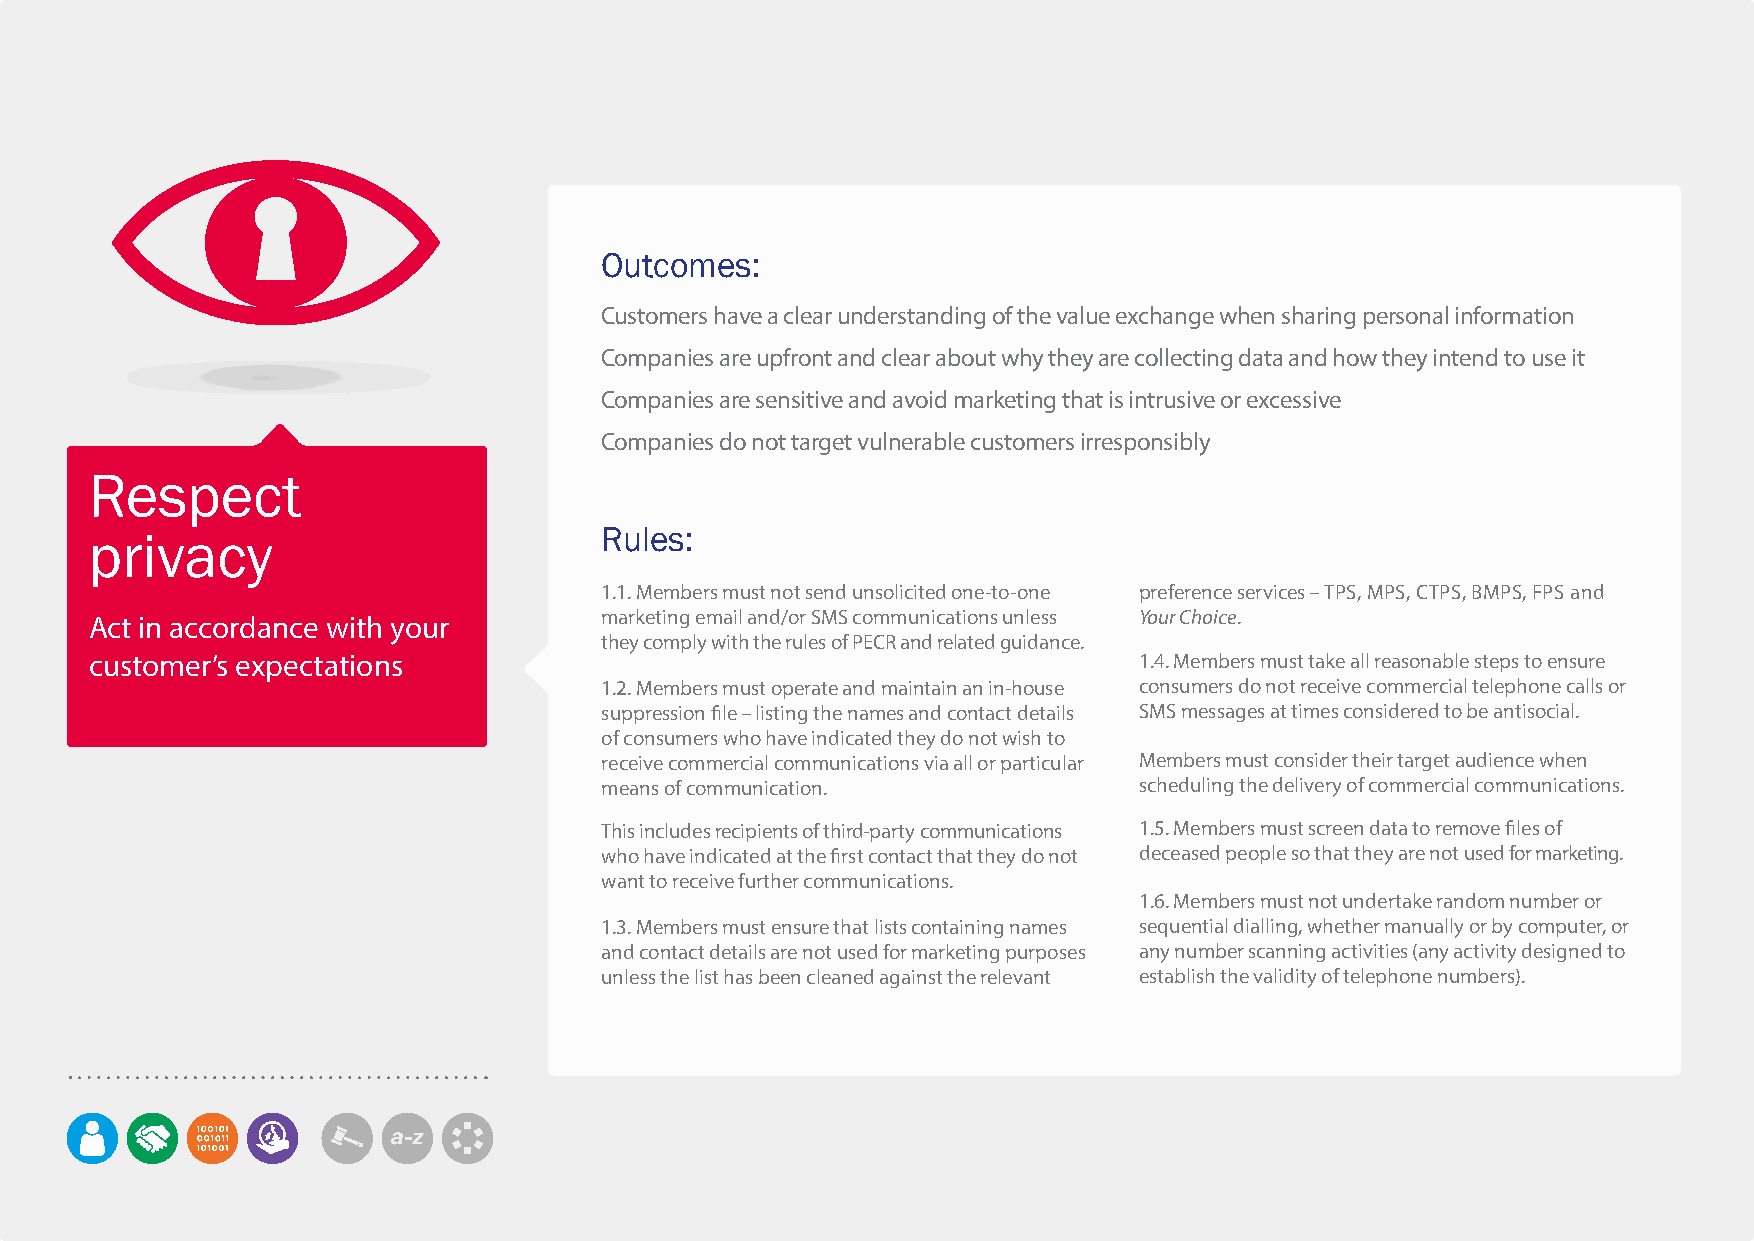
Outcomes:
 Customers have a clear understanding of the value exchange when sharing personal information
 Companies are upfront and clear about why they are collecting data and how they intend to use it
 Companies are sensitive and avoid marketing that is intrusive or excessive
 Companies do not target vulnerable customers irresponsibly
 Respect
 Rules:
 privacy
 1.1. Members must not send unsolicited one-to-one preference services – TPS, MPS, CTPS, BMPS, FPS and
 Act in accordance with your       marketing email and/or SMS communications unless Your Choice.
 they comply with the rules of PECR and related guidance.
 customer’s expectations                                              1.4. Members must take all reasonable steps to ensure
 1.2. Members must operate and maintain an in-house consumers do not receive commercial telephone calls or
 suppression file – listing the names and contact details SMS messages at times considered to be antisocial.
 of consumers who have indicated they do not wish to
 receive commercial communications via all or particular Members must consider their target audience when
 means of communication.            scheduling the delivery of commercial communications.
 This includes recipients of third-party communications 1.5. Members must screen data to remove files of
 who have indicated at the first contact that they do not deceased people so that they are not used for marketing.
 want to receive further communications.
 1.6. Members must not undertake random number or
 1.3. Members must ensure that lists containing names sequential dialling, whether manually or by computer, or
 and contact details are not used for marketing purposes any number scanning activities (any activity designed to
 unless the list has been cleaned against the relevant establish the validity of telephone numbers).